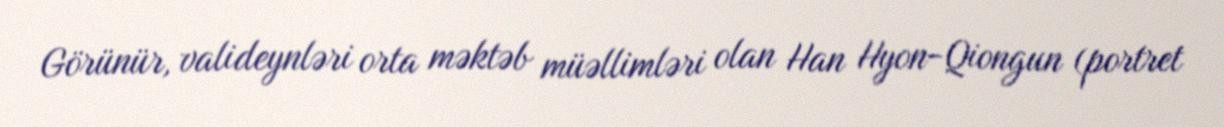
Görünür, valideynləri orta məktəb müəllimləri olan Han Hyon-Qiongun (portret